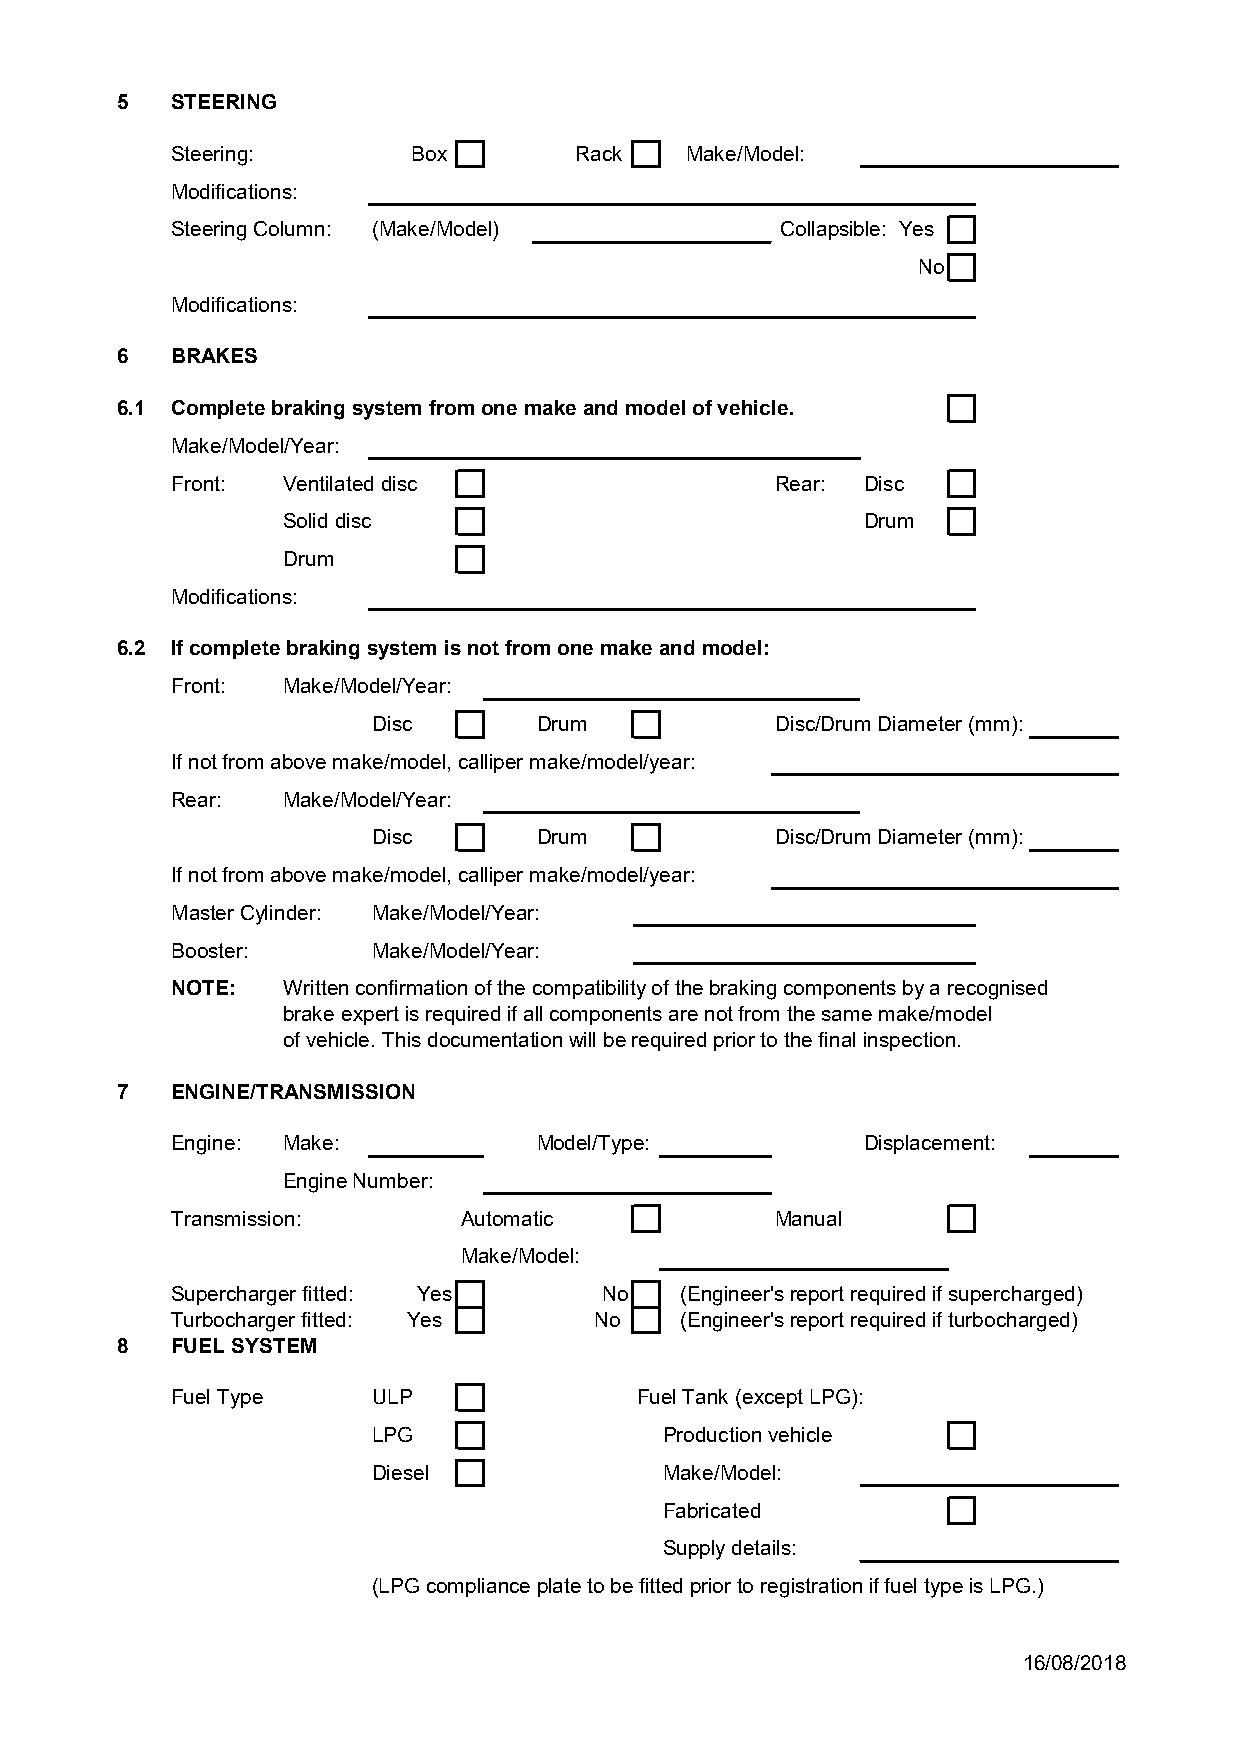
5  STEERING
 Steering:       Box        Rack   Make/Model:
 Modifications:
 Steering Column: (Make/Model)            Collapsible: Yes
 No
 Modifications:
 6  BRAKES
 6.1 Complete braking system from one make and model of vehicle.
 Make/Model/Year:
 Front:  Ventilated disc                 Rear: Disc
 Solid disc                            Drum
 Drum
 Modifications:
 6.2 If complete braking system is not from one make and model:
 Front:  Make/Model/Year:
 Disc      Drum            Disc/Drum Diameter (mm):
 If not from above make/model, calliper make/model/year:
 Rear:   Make/Model/Year:
 Disc      Drum            Disc/Drum Diameter (mm):
 If not from above make/model, calliper make/model/year:
 Master Cylinder: Make/Model/Year:
 Booster:      Make/Model/Year:
 NOTE:   Written confirmation of the compatibility of the braking components by a recognised
 brake expert is required if all components are not from the same make/model
 of vehicle. This documentation will be required prior to the final inspection.
 7  ENGINE/TRANSMISSION
 Engine: Make:           Model/Type:           Displacement:
 Engine Number:
 Transmission:      Automatic            Manual
 Make/Model:
 Supercharger fitted: Yes     No   (Engineer's report required if supercharged)
 Turbocharger fitted: Yes    No    (Engineer's report required if turbocharged)
 8  FUEL SYSTEM
 Fuel Type     ULP              Fuel Tank (except LPG):
 LPG                Production vehicle
 Diesel             Make/Model:
 Fabricated
 Supply details:
 (LPG compliance plate to be fitted prior to registration if fuel type is LPG.)
 16/08/2018